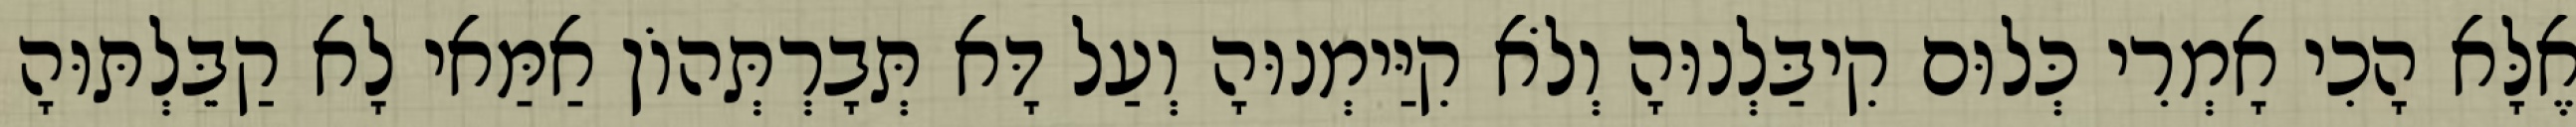
אֶלָּא הָכִי אָמְרִי כְּלוּם קִיבַּלְנוּהָ וְלֹא קִיַּימְנוּהָ וְעַל דָּא תְּבָרְתְּהוֹן אַמַּאי לָא קַבֵּלְתּוּהָ